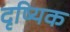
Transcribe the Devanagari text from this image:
दृष्यिक